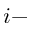
i -